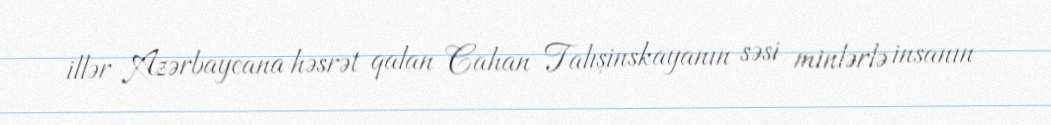
illər Azərbaycana həsrət qalan Cahan Talışinskayanın səsi minlərlə insanın